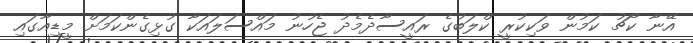
އޭނާ ކޯޗު ކަމުން ވަކިކުރީ ކްލަބުގެ ރައީސާދެމެދު ޖެހުނު މައްސަލައަކާ ގުޅިގެންކަމަށް މީޑިއާގައި